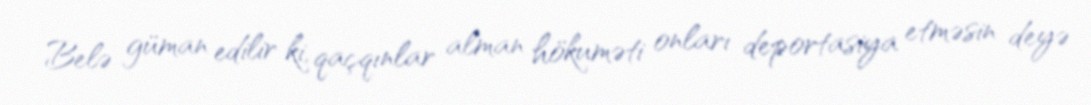
Belə güman edilir ki, qaçqınlar alman hökuməti onları deportasiya etməsin deyə